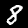
Digit: 8